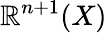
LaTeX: \mathbb{R}^{n+1}(X)